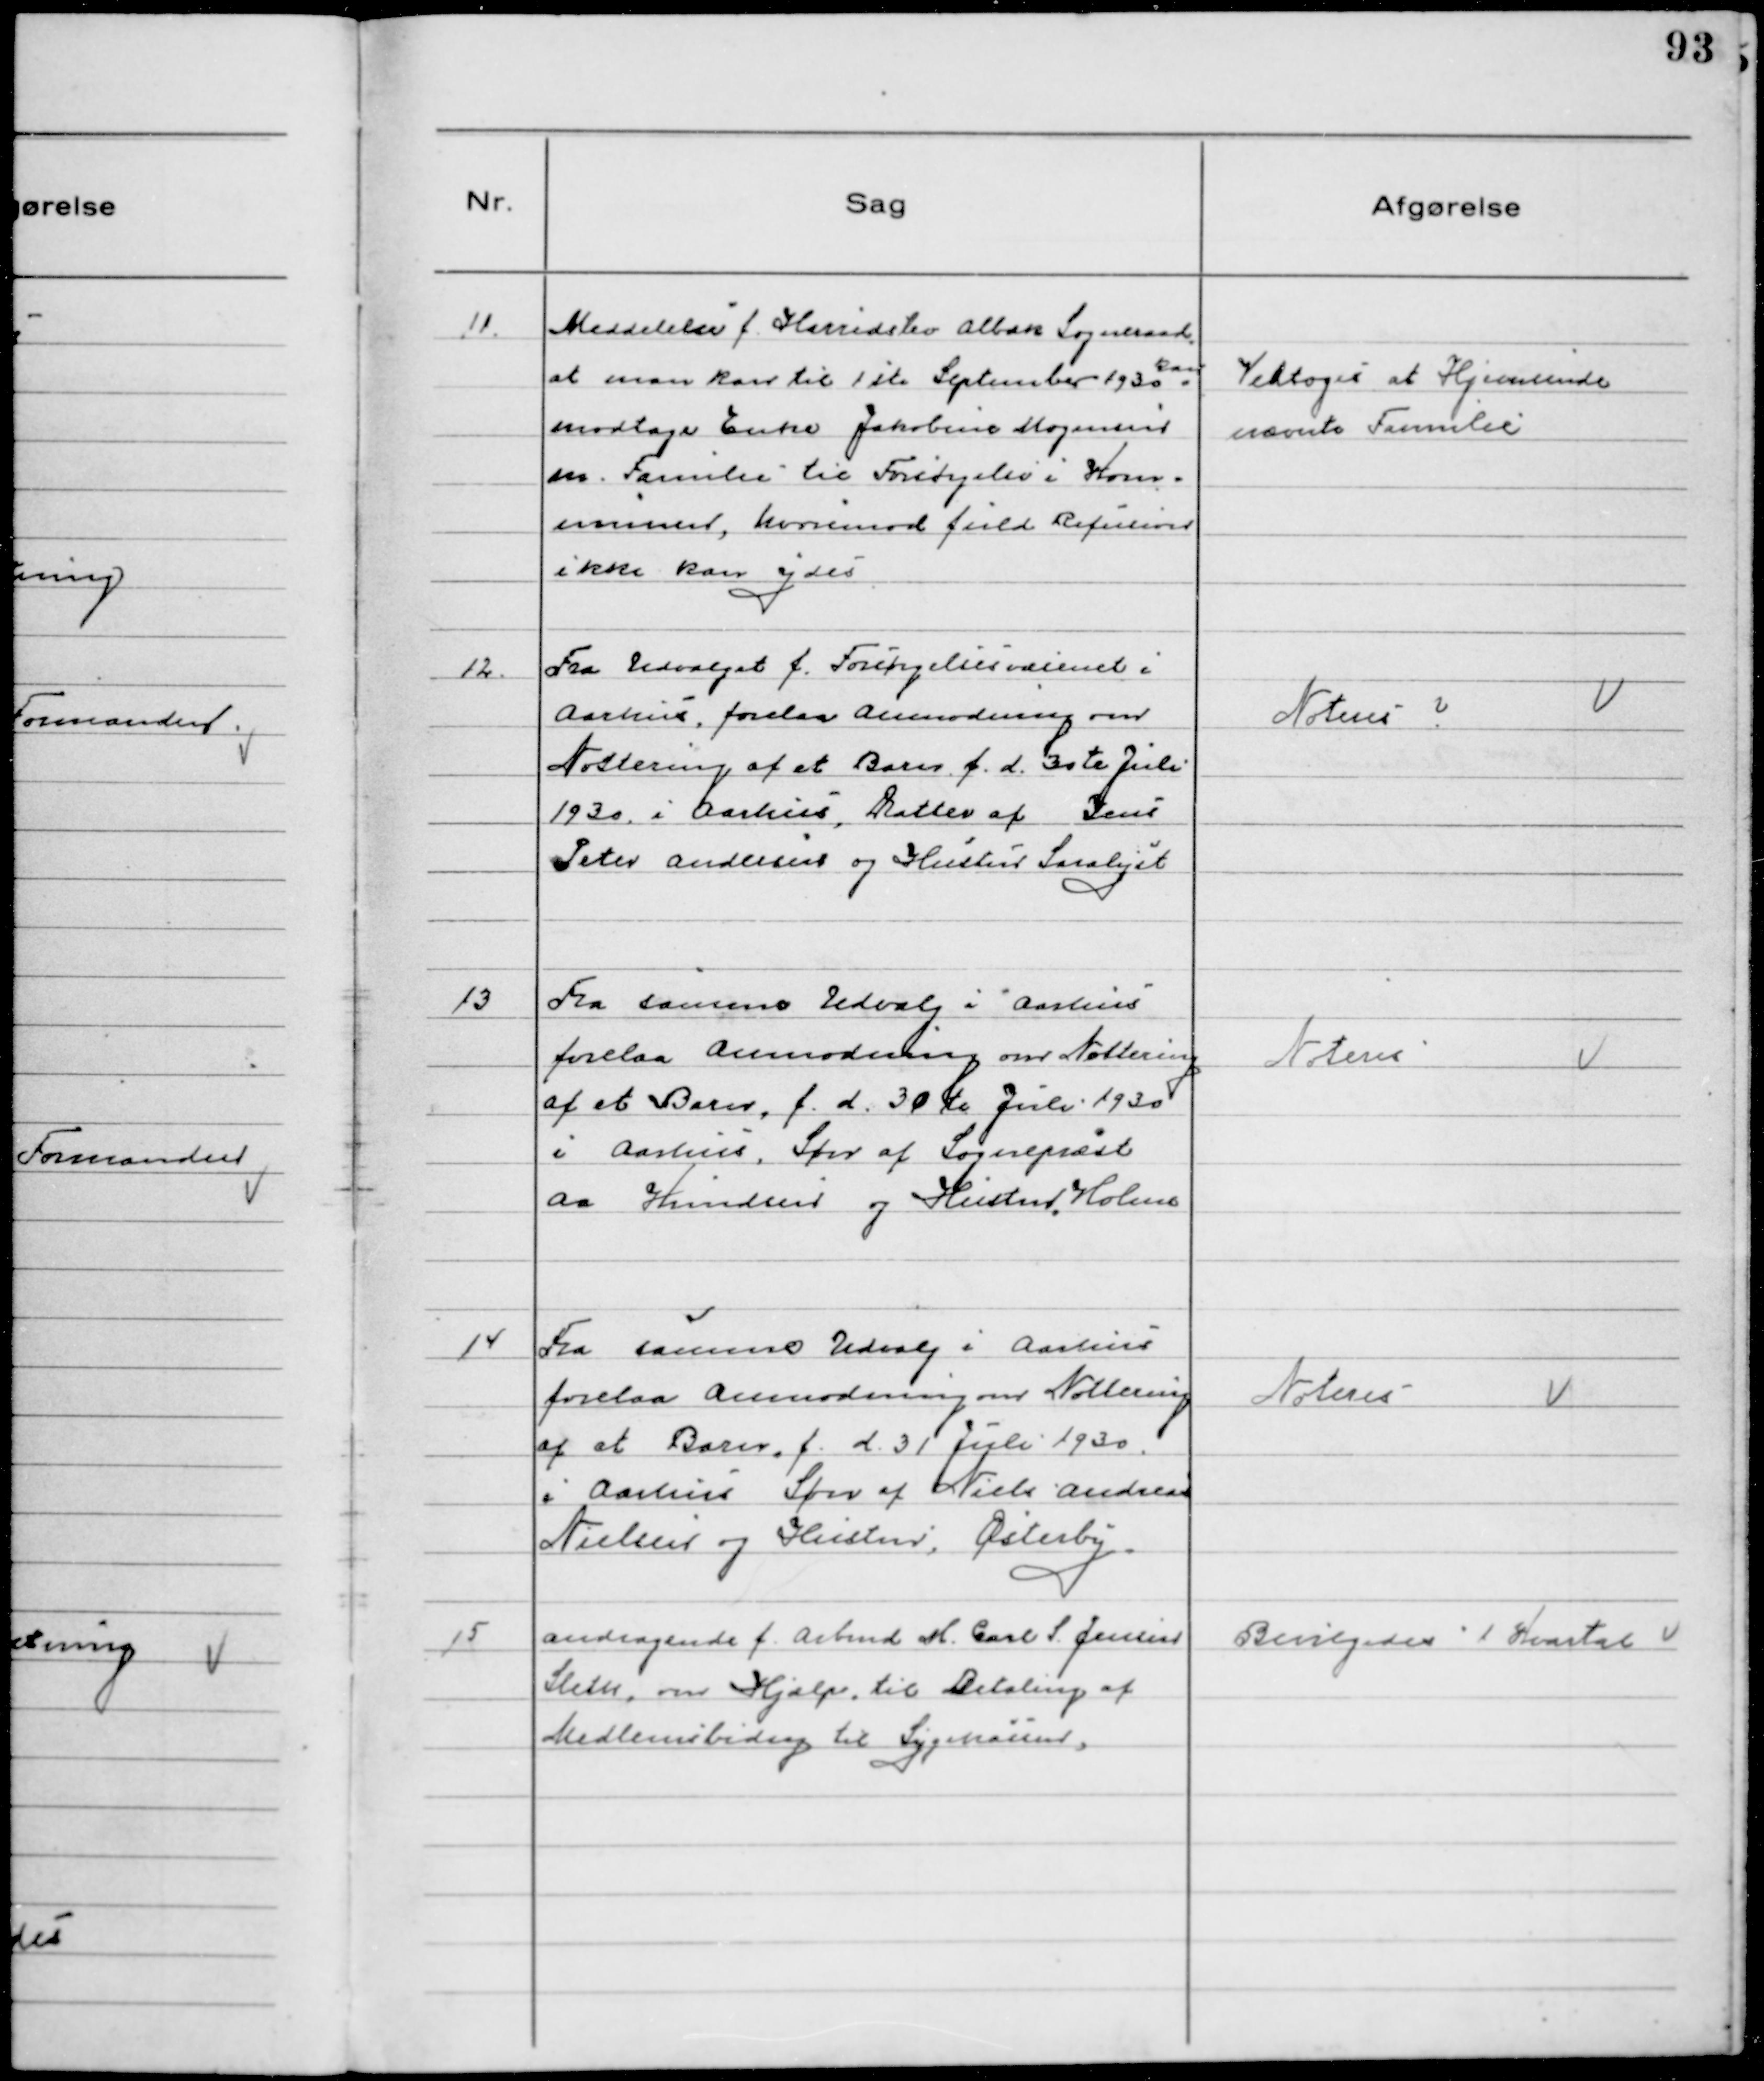
Transskription:
11. Meddelelse f. Harridslev Albæk Sogneraad
at man kan til 1 ste September 1930 kan
modtage Enke Jakobine Mogensen
m. Familie til Forsørgelse i Kom-
munen, hvorimod fuld Refusion
ikke kan ydes

Vedtoges at Hjemsende
nævnte Familie

12. Fra Udvalget f. Forsørgelsesvæsenet i
Aarhus, forelaa anmodning om
Notering af et Barn f.d. 3ste Juli
1930 i Aarhus, Datter af Jens
Peter Andersen og Hustru Saralyst

Noteres ?

13 Fra samme Udvalg i Aarhus
forelaa Anmodning om Nottering
af et Barn, f.d. 30te Juli 1930
i Aarhus, Søn af Sognepræst
A. Knudsen og Hustru, Holme

Noteres

14 Fra samme Udvalg i Aarhus
forelaa Anmodning om Nottering
af et Barn, f. d. 31 Juli 1930
i Aarhus Søn af Niels Andreas
Nielsen og Hustru, Østerby.

Noteres

15 Andragende f. Arbmd M. Carl S. Jensen
Sleth, om Hjælp til Betaling af
Medlemsbidrag til Sygekassen.

Bevilgedes 1 Kvartal